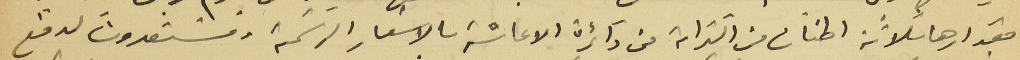
مقدارها ثلاثة اطنان من الترابة من دائرة الاعاشة بالاسَعار الرسَمية ومسَتعدون لدفع